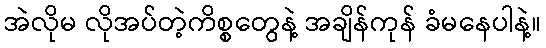
အဲလိုမ လိုအပ်တဲ့ကိစ္စတွေနဲ့ အချိန်ကုန် ခံမနေပါနဲ့။